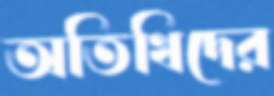
অতিথিদের